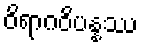
ဝိရာဂဝိပန္နဿ